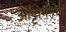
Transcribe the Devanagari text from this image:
ऑट्टोमनचा